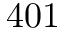
4 0 1